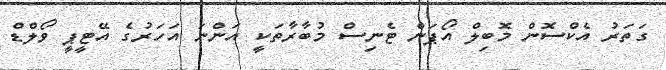
ގަތަރު އެކްސޮން މޮބިލް އޯޕަން ޓެނިސް މުބާރާތަކީ އަންނަ އަހަރުގެ އޭޓީޕީ ވޯލްޑް